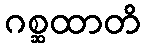
ဂစ္ဆထာတိ